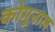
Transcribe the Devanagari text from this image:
कोमूनाल